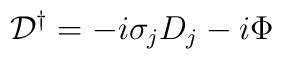
{\cal D}^\dagger  = -i \sigma_j D_j - i \Phi